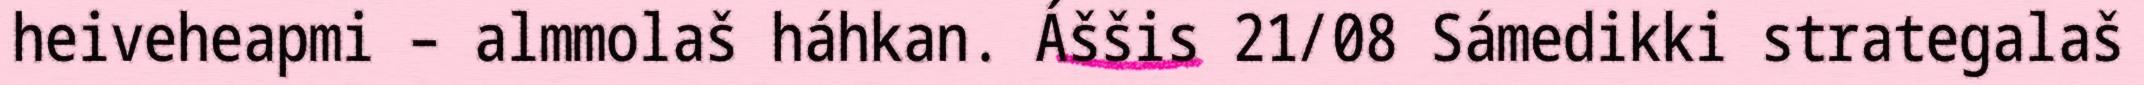
heiveheapmi – almmolaš háhkan. Áššis 21/08 Sámedikki strategalaš